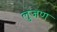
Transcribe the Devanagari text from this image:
लुजण